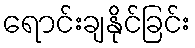
ရောင်းချနိုင်ခြင်း